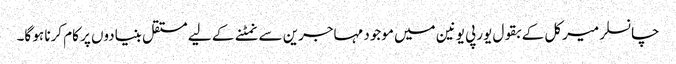
چانسلر میرکل کے بقول یورپی یونین میں موجود مہاجرین سے نمٹنے کے لیے مستقل بنیادوں پر کام کرنا ہو گا۔